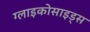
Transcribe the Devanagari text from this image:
ग्लाइकोसाइड्स